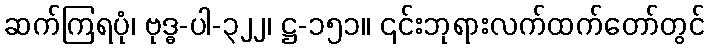
ဆက်ကြရပုံ၊ ဗုဒ္ဓ-ပါ-၃၂၂၊ ဋ္ဌ-၁၅၁။ ၎င်းဘုရားလက်ထက်တော်တွင်